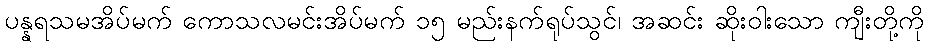
ပန္နရသမအိပ်မက် ကောသလမင်းအိပ်မက် ၁၅ မည်းနက်ရုပ်သွင်၊ အဆင်း ဆိုးဝါးသော ကျီးတို့ကို